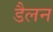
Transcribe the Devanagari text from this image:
डैलन